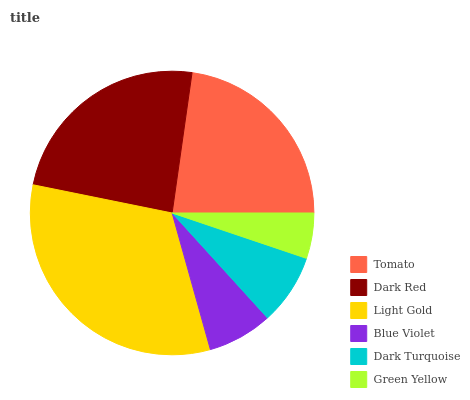
| Tomato | Dark Red | Light Gold | Blue Violet | Dark Turquoise | Green Yellow |
 | --- | --- | --- | --- | --- | --- |
 | 22.8% | 24.1% | 32.5% | 7.41% | 8.09% | 5.18% |